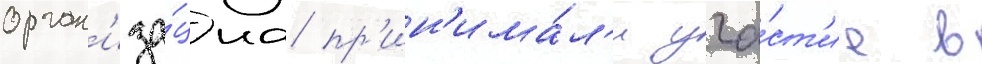
орган'иза́циа пр'ин'има́л'и уча́ст'ие в